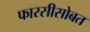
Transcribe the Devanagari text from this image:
फारसीसोबत